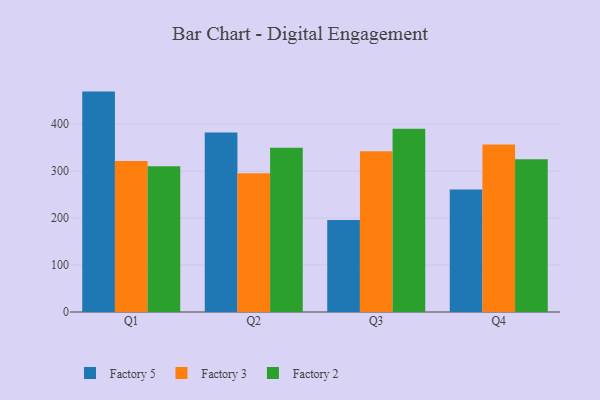
{"axis": {"x": "Quarter", "y": "Active Users"}, "legend": ["Factory 2", "Factory 3", "Factory 5"], "data": [{"x": "Q1", "y": 469.3, "type": "Factory 5"}, {"x": "Q1", "y": 321.6, "type": "Factory 3"}, {"x": "Q1", "y": 310.3, "type": "Factory 2"}, {"x": "Q2", "y": 382.2, "type": "Factory 5"}, {"x": "Q2", "y": 295.4, "type": "Factory 3"}, {"x": "Q2", "y": 349.5, "type": "Factory 2"}, {"x": "Q3", "y": 196.1, "type": "Factory 5"}, {"x": "Q3", "y": 342.3, "type": "Factory 3"}, {"x": "Q3", "y": 390.4, "type": "Factory 2"}, {"x": "Q4", "y": 261.1, "type": "Factory 5"}, {"x": "Q4", "y": 356.9, "type": "Factory 3"}, {"x": "Q4", "y": 325.2, "type": "Factory 2"}]}